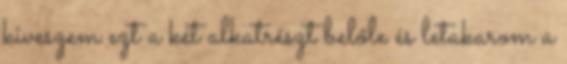
kiveszem ezt a két alkatrészt belőle és letakarom a